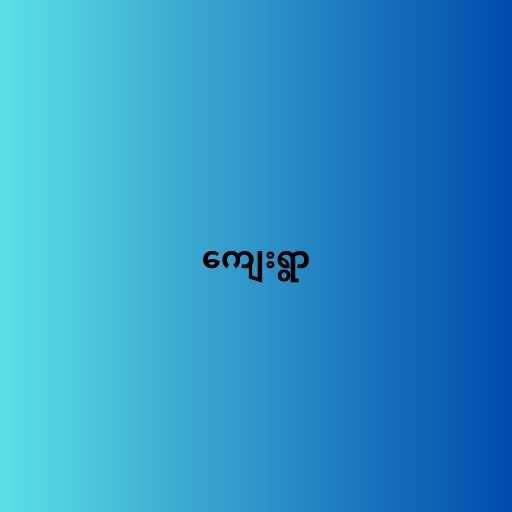
ကျေးရွာ